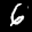
Label: 6